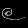
Digit: ၉